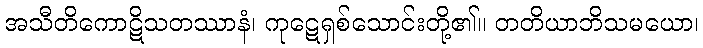
အသီတိကောဋိသတဿာနံ၊ ကုဋေရှစ်သောင်းတို့၏။ တတိယာဘိသမယော၊